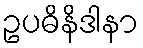
ဥပဓိနိဒါနာ